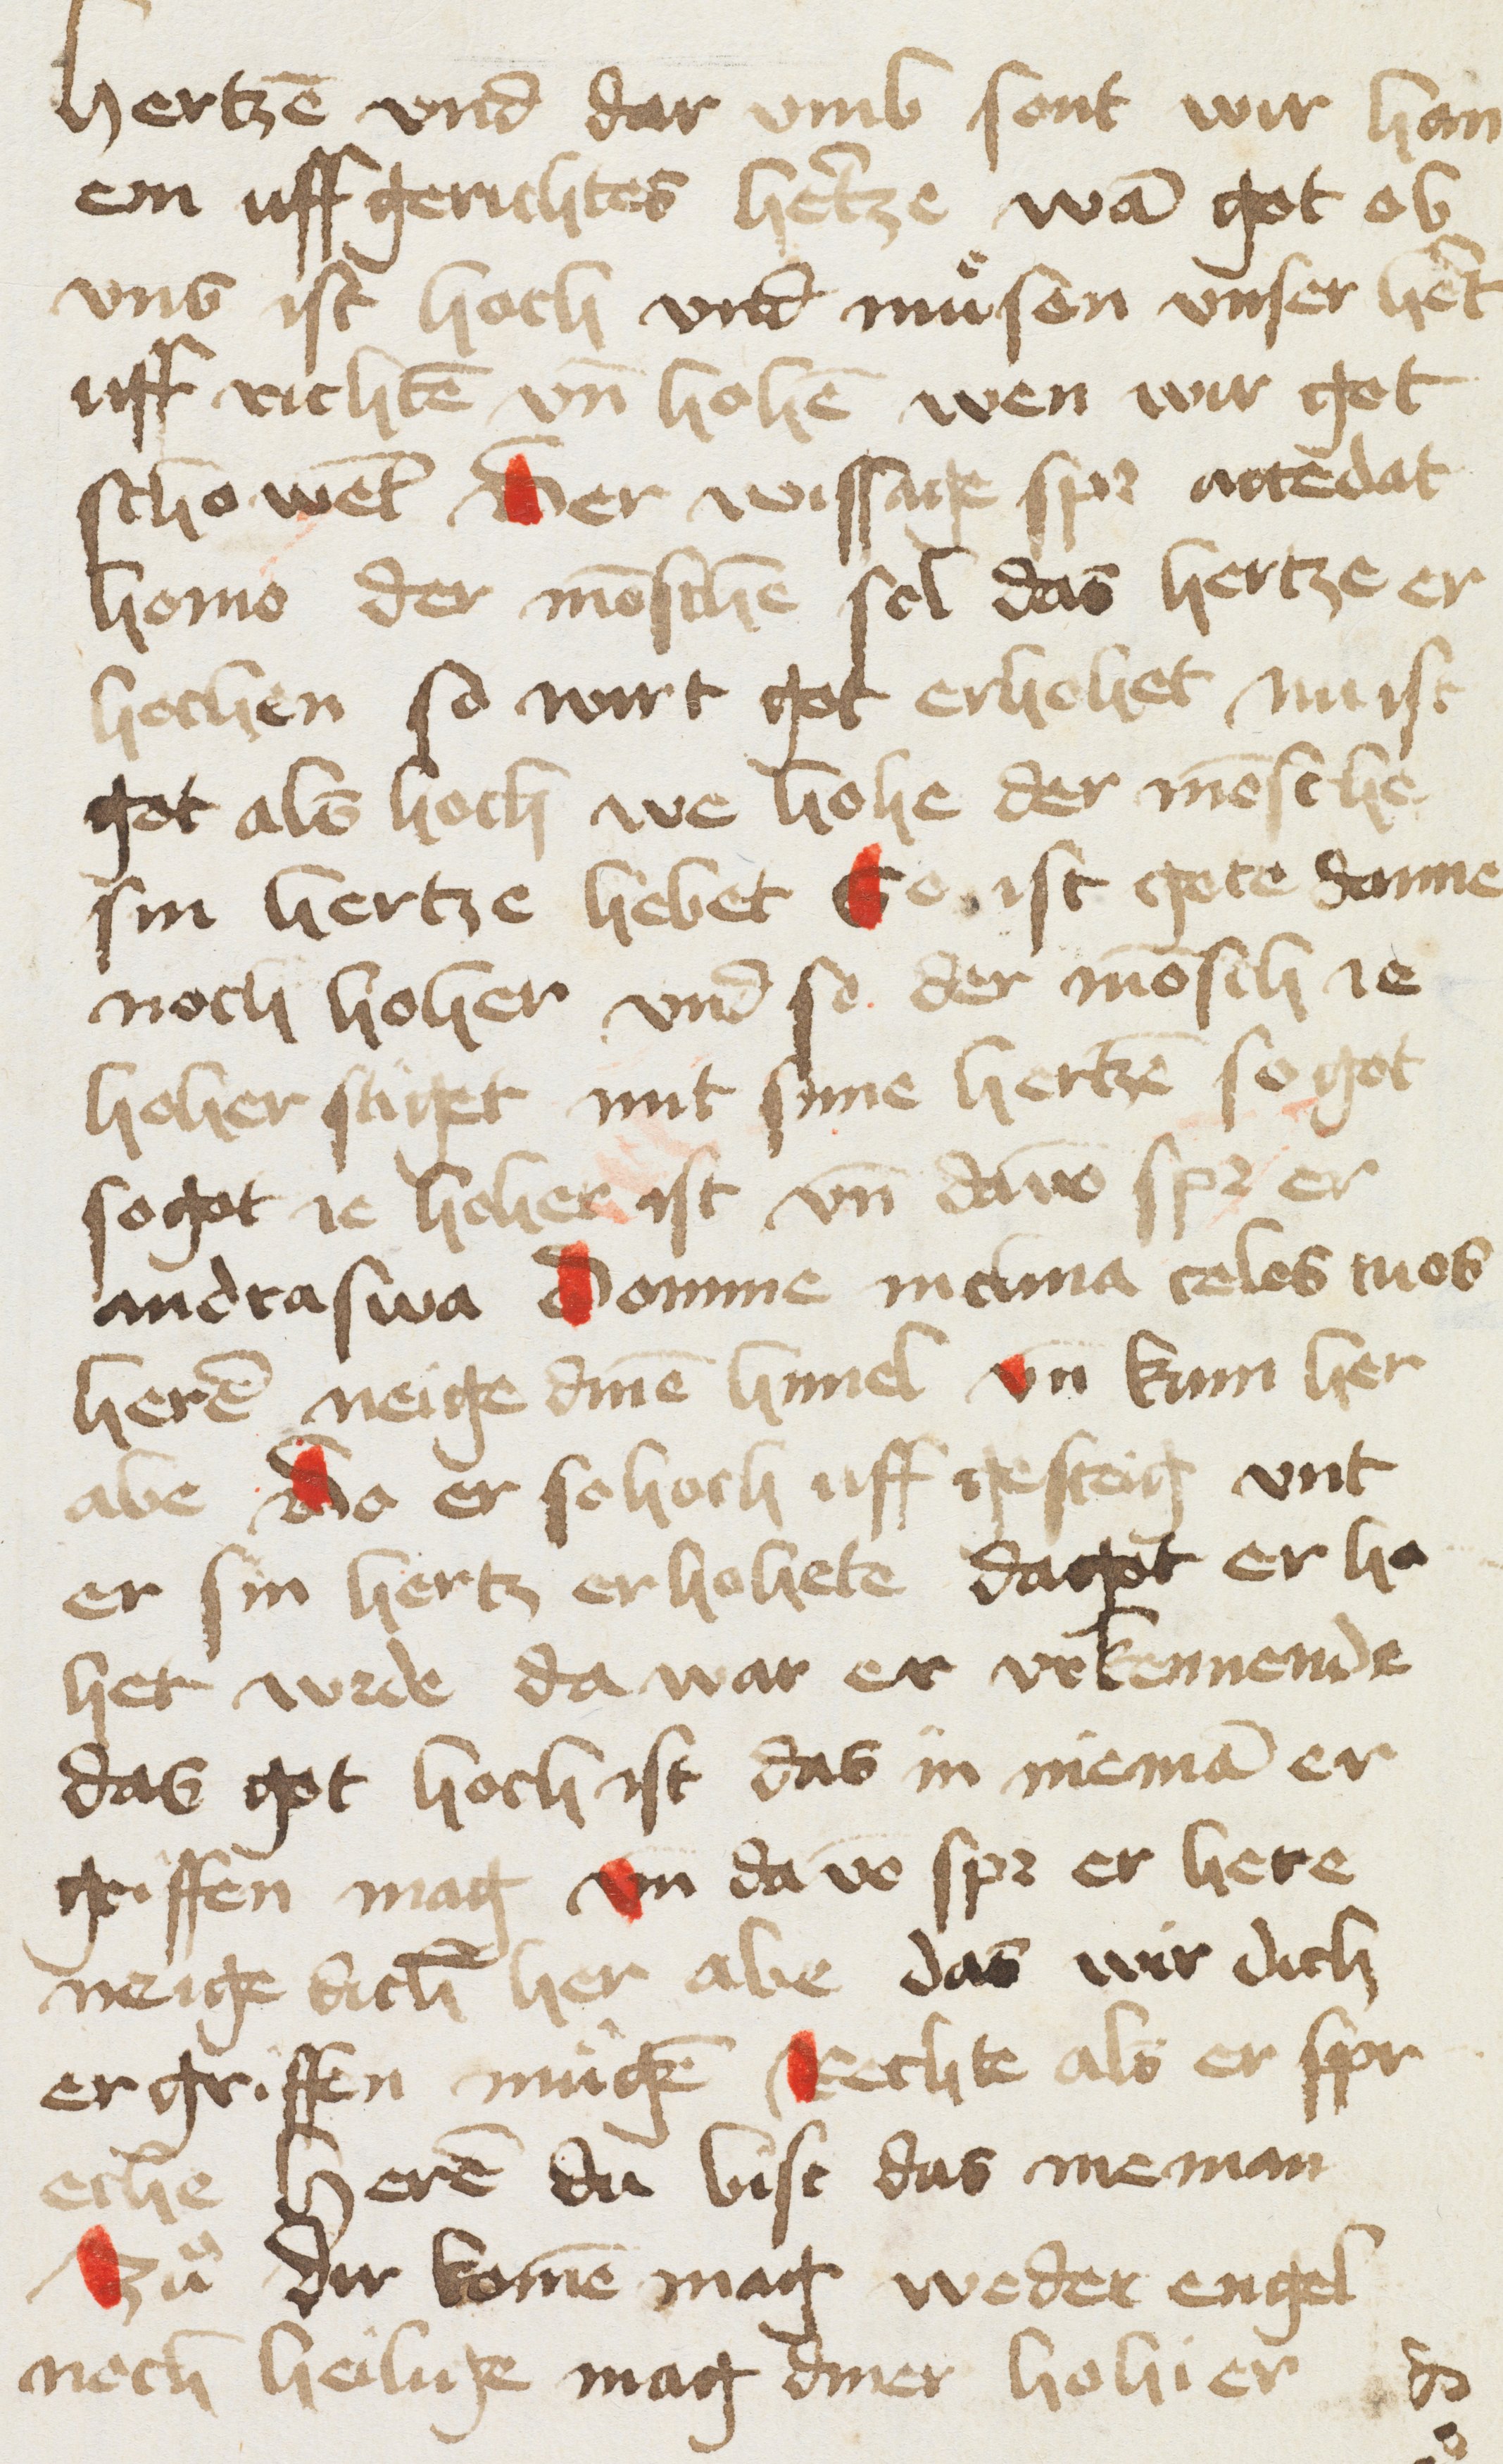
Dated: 1456–1456